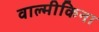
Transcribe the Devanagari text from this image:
वाल्मीकिना